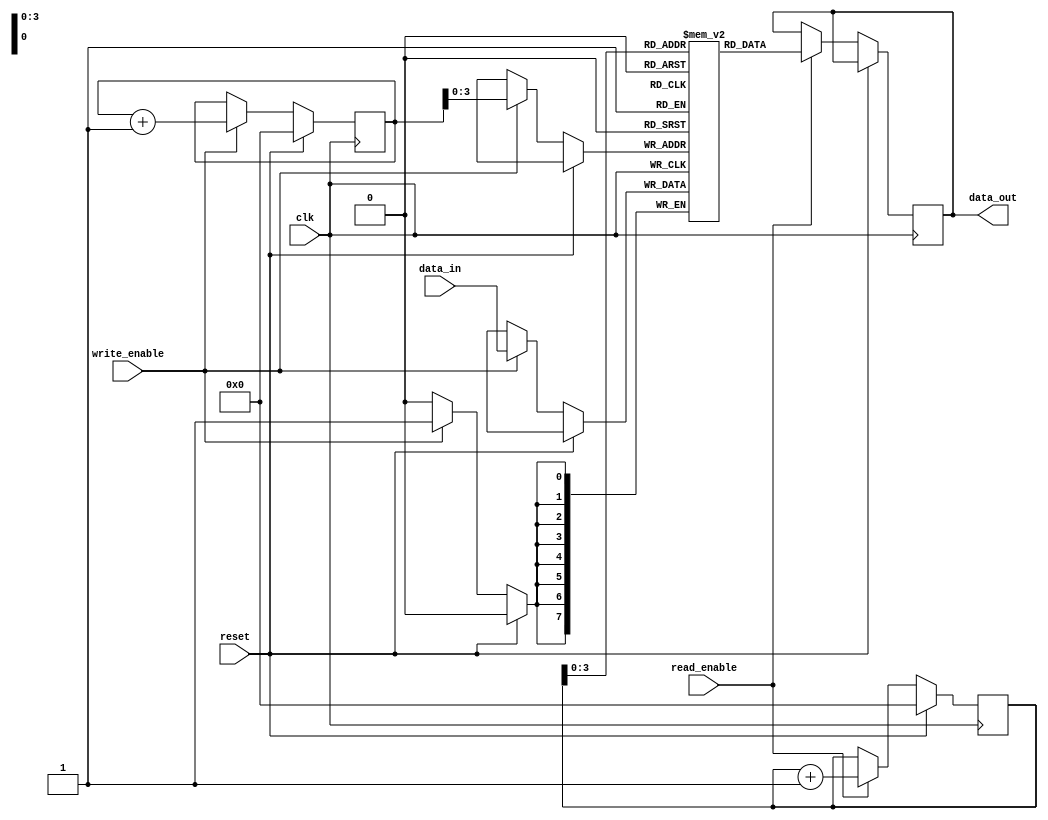
module fifo_buffer (
    input wire clk,
    input wire reset,
    input wire write_enable,
    input wire read_enable,
    input wire [DATA_WIDTH-1:0] data_in,
    output reg [DATA_WIDTH-1:0] data_out
);

parameter DATA_WIDTH = 8;
parameter DEPTH = 16;

reg [DATA_WIDTH-1:0] ram [0:DEPTH-1];
reg [4:0] write_ptr;
reg [4:0] read_ptr;

always @(posedge clk) begin
    if (reset) begin
        write_ptr <= 5'b0;
        read_ptr <= 5'b0;
    end else begin
        if (write_enable) begin
            ram[write_ptr] <= data_in;
            write_ptr <= write_ptr + 1;
        end
        if (read_enable) begin
            data_out <= ram[read_ptr];
            read_ptr <= read_ptr + 1;
        end
    end
end

endmodule